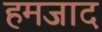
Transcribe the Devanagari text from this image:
हमजाद